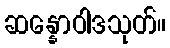
ဆန္နောဝါဒသုတ်။